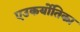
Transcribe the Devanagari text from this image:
एउकर्योतिका